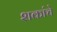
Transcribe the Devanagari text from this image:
शकांचे